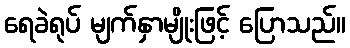
ရေခဲရုပ် မျက်နှာမျိုးဖြင့် ပြောသည်။